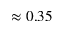
\approx 0 . 3 5